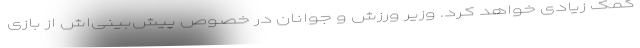
کمک زیادی خواهد کرد. وزیر ورزش و جوانان در خصوص پیش‌بینی‌اش از بازی